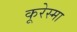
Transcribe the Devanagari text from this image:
कूरेस्मा